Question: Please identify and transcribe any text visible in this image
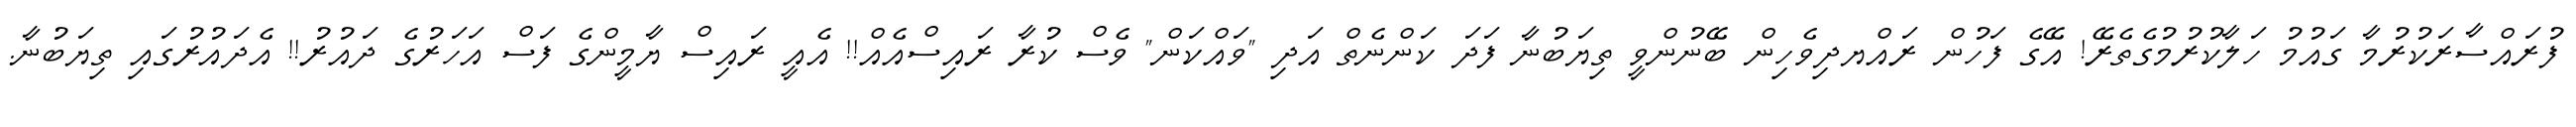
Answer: ފުރައްސާރަކުރުމާ ގައުމު ހަލާކުރުމުގެތެރޭ! އޭގެ ފަހުން ރައްޔދިވެހިން ބޭނުންވީ ތިޔަބުނާ ފަދަ ކަންނެތް އަދި "ވައްކަން" ވެސް ކުރާ ރައިސްއެއް!! އެއީ ރައިސް ޔާމީންގެ ފަސް އަހަރުގެ ދައުރު!! އެދައުރުގައި ތިޔަބުނާ.